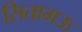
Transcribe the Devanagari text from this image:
सितामऊ